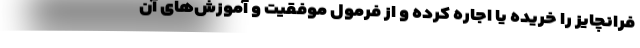
فرانچایز را خریده یا اجاره کرده و از فرمول موفقیت و آموزش‌های آن